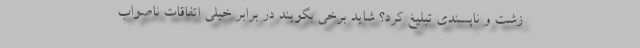
زشت و ناپسندی تبلیغ کرد؟ شاید برخی بگویند در برابر خیلی اتفاقات ناصواب